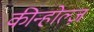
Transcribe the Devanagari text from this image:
कीन्होल्ज़